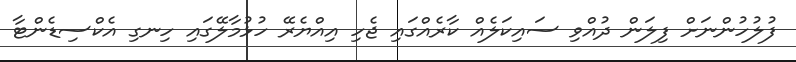
ފުލުހުންނަށް ފިލަން ދުއްވި ސައިކަލެއް ކާރެއްގައި ޖެހި އިއްޔެރޭ ހުޅުމާލޭގައި ހިނގި އެކްސިޑެންޓާ